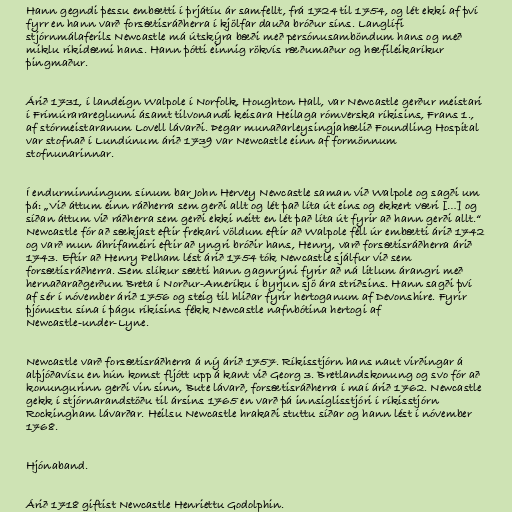
Hann gegndi þessu embætti í þrjátíu ár samfellt, frá 1724 til 1754, og lét ekki af því
fyrr en hann varð forsætisráðherra í kjölfar dauða bróður síns. Langlífi
stjórnmálaferils Newcastle má útskýra bæði með persónusamböndum hans og með
miklu ríkidæmi hans. Hann þótti einnig rökvís ræðumaður og hæfileikaríkur
þingmaður.

Árið 1731, í landeign Walpole í Norfolk, Houghton Hall, var Newcastle gerður meistari
í Frímúrarareglunni ásamt tilvonandi keisara Heilaga rómverska ríkisins, Frans 1.,
af stórmeistaranum Lovell lávarði. Þegar munaðarleysingjahælið Foundling Hospital
var stofnað í Lundúnum árið 1739 var Newcastle einn af formönnum
stofnunarinnar.

Í endurminningum sínum bar John Hervey Newcastle saman við Walpole og sagði um
þá: „Við áttum einn ráðherra sem gerði allt og lét það líta út eins og ekkert væri […] og
síðan áttum við ráðherra sem gerði ekki neitt en lét það líta út fyrir að hann gerði allt.“
Newcastle fór að sækjast eftir frekari völdum eftir að Walpole féll úr embætti árið 1742
og varð mun áhrifameiri eftir að yngri bróðir hans, Henry, varð forsætisráðherra árið
1743. Eftir að Henry Pelham lést árið 1754 tók Newcastle sjálfur við sem
forsætisráðherra. Sem slíkur sætti hann gagnrýni fyrir að ná litlum árangri með
hernaðaraðgerðum Breta í Norður-Ameríku í byrjun sjö ára stríðsins. Hann sagði því
af sér í nóvember árið 1756 og steig til hliðar fyrir hertoganum af Devonshire. Fyrir
þjónustu sína í þágu ríkisins fékk Newcastle nafnbótina hertogi af
Newcastle-under-Lyne.

Newcastle varð forsætisráðherra á ný árið 1757. Ríkisstjórn hans naut virðingar á
alþjóðavísu en hún komst fljótt upp á kant við Georg 3. Bretlandskonung og svo fór að
konungurinn gerði vin sinn, Bute lávarð, forsætisráðherra í maí árið 1762. Newcastle
gekk í stjórnarandstöðu til ársins 1765 en varð þá innsiglisstjóri í ríkisstjórn
Rockingham lávarðar. Heilsu Newcastle hrakaði stuttu síðar og hann lést í nóvember
1768.

Hjónaband.

Árið 1718 giftist Newcastle Henriettu Godolphin.